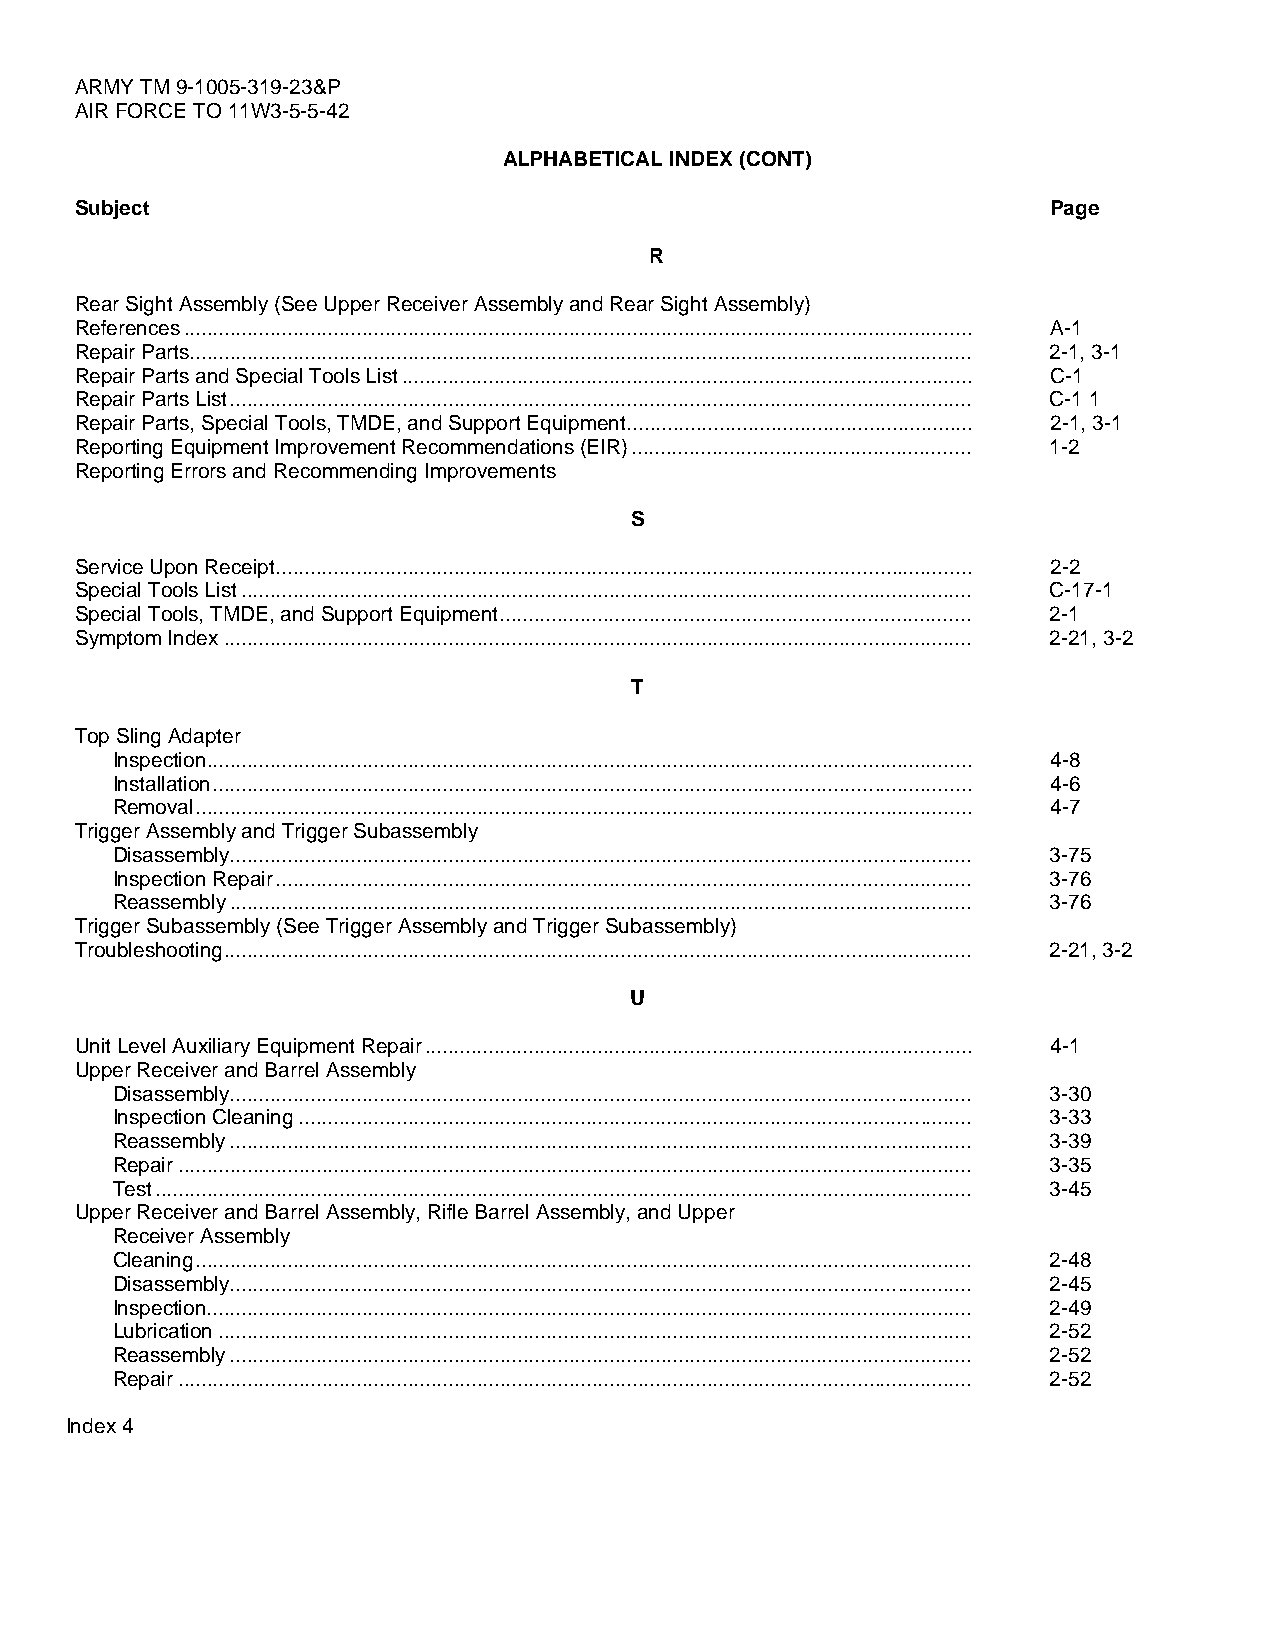
ARMY TM 9-1005-319-23&P
 AIR FORCE TO 11W3-5-5-42
 ALPHABETICAL INDEX (CONT)
 Subject                                                          Page
 R
 Rear Sight Assembly (See Upper Receiver Assembly and Rear Sight Assembly)
 References......................................................................................................................................... A-1
 Repair Parts........................................................................................................................................ 2-1, 3-1
 Repair Parts and Special Tools List................................................................................................... C-1
 Repair Parts List................................................................................................................................. C-1 1
 Repair Parts, Special Tools, TMDE, and Support Equipment............................................................ 2-1, 3-1
 Reporting Equipment Improvement Recommendations (EIR)........................................................... 1-2
 Reporting Errors and Recommending Improvements
 S
 Service Upon Receipt......................................................................................................................... 2-2
 Special Tools List............................................................................................................................... C-17-1
 Special Tools, TMDE, and Support Equipment.................................................................................. 2-1
 Symptom Index.................................................................................................................................. 2-21, 3-2
 T
 Top Sling Adapter
 Inspection..................................................................................................................................... 4-8
 Installation.................................................................................................................................... 4-6
 Removal....................................................................................................................................... 4-7
 Trigger Assembly and Trigger Subassembly
 Disassembly................................................................................................................................. 3-75
 Inspection Repair......................................................................................................................... 3-76
 Reassembly................................................................................................................................. 3-76
 Trigger Subassembly (See Trigger Assembly and Trigger Subassembly)
 Troubleshooting.................................................................................................................................. 2-21, 3-2
 U
 Unit Level Auxiliary Equipment Repair............................................................................................... 4-1
 Upper Receiver and Barrel Assembly
 Disassembly................................................................................................................................. 3-30
 Inspection Cleaning..................................................................................................................... 3-33
 Reassembly................................................................................................................................. 3-39
 Repair.......................................................................................................................................... 3-35
 Test.............................................................................................................................................. 3-45
 Upper Receiver and Barrel Assembly, Rifle Barrel Assembly, and Upper
 Receiver Assembly
 Cleaning....................................................................................................................................... 2-48
 Disassembly................................................................................................................................. 2-45
 Inspection..................................................................................................................................... 2-49
 Lubrication................................................................................................................................... 2-52
 Reassembly................................................................................................................................. 2-52
 Repair.......................................................................................................................................... 2-52
 Index 4